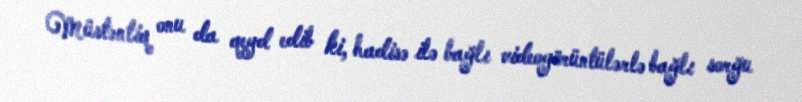
Müstəntiq onu da qeyd edib ki, hadisə ilə bağlı videogörüntülərlə bağlı sorğu